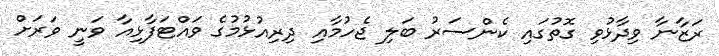
ރަޒާނާ ވިދާޅުވި ގޮތުގައި ކެންސަރު ބަލި ޖެހުމާއި ދިރިއުޅުމުގެ ވައްޓަފާޅިއާ ވަނީ ވަރަށް